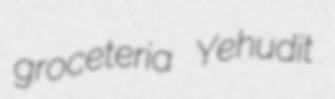
groceteria Yehudit